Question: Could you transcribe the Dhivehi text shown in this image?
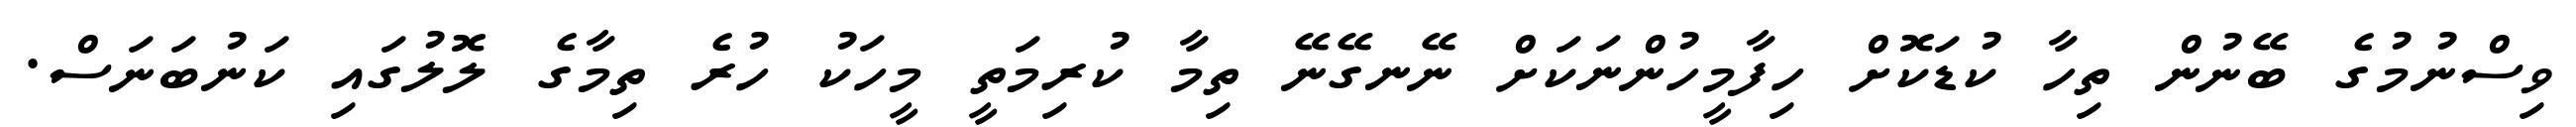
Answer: ވިސްނުމުގެ ބޭނުން ތިހާ ކުޑަކޮށް ހިފާމީހުންނަކަށް ނޭނގޭނޭ ތިމާ ކުރިމަތީ މީހަކު ހުރެ ތިމާގެ ލޮލުގައި ކަނުބަނަސް.